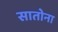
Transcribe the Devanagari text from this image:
सातोना